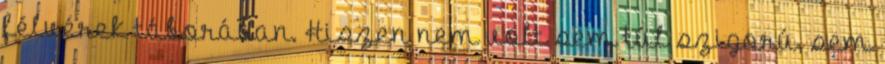
félvérek táborában. Hiszen nem volt sem túl szigorú, sem